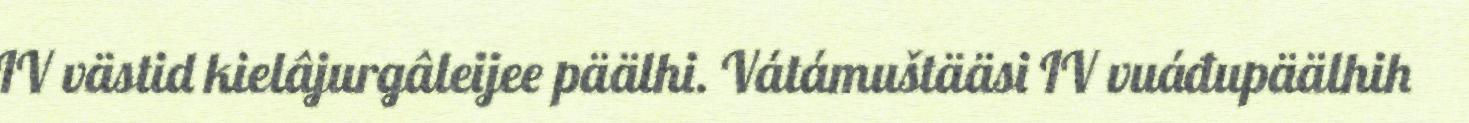
IV västid kielâjurgâleijee päälhi. Vátámuštääsi IV vuáđupäälhih